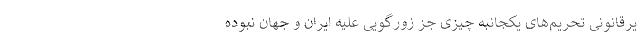
یرقانونی تحریم‌های یکجانبه چیزی جز زورگویی علیه ایران و جهان نبوده